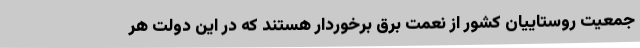
جمعیت روستاییان کشور از نعمت برق برخوردار هستند که در این دولت هر